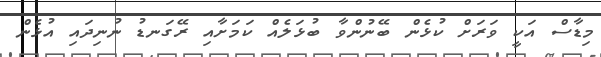
މިޑާސް އަކީ ވަރަށް ކުޅެން ބޭނުންވާ ބުޅަލެއް ކަމަށާއި ރޭގަނޑު ނުނިދައި އުޅެން